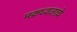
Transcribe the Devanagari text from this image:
मक्रध्वजाचे